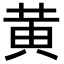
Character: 黄